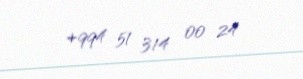
+994 51 314 00 24